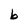
Character: b